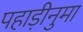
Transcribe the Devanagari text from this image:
पहाड़ीनुमा